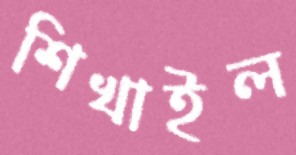
শিখাইল